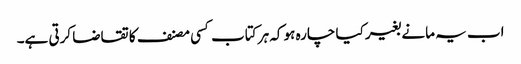
اب یہ مانے بغیر کیا چارہ ہو کہ ہر کتاب کسی مصنف کا تقاضا کرتی ہے۔